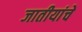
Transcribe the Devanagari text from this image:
जातीयांचे